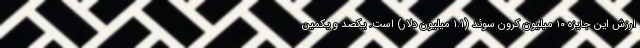
ارزش این جایزه ۱۰ میلیون کرون سوئد (۱.۱ میلیون دلار) است. یکصد و یکمین